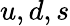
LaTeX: u,d,s